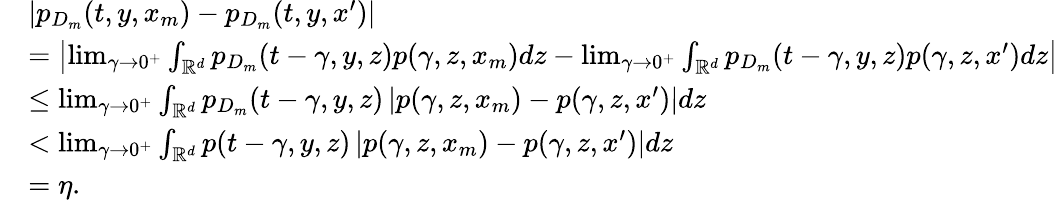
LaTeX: \begin{array}{rl}&{\left|p_{D_{m}}(t,y,x_{m})-p_{D_{m}}(t,y,x^{\prime})\right|}\\ &{=\left|\operatorname*{lim}_{\gamma\rightarrow 0^{+}}\int_{\mathbb{R}^{d}}p_{D_{m}}(t-\gamma,y,z)p(\gamma,z,x_{m})dz-\operatorname*{lim}_{\gamma\rightarrow 0^{+}}\int_{\mathbb{R}^{d}}p_{D_{m}}(t-\gamma,y,z)p(\gamma,z,x^{\prime})dz\right|}\\ &{\le\operatorname*{lim}_{\gamma\rightarrow 0^{+}}\int_{\mathbb{R}^{d}}p_{D_{m}}(t-\gamma,y,z)\left|p(\gamma,z,x_{m})-p(\gamma,z,x^{\prime})\right|dz}\\ &{<\operatorname*{lim}_{\gamma\rightarrow 0^{+}}\int_{\mathbb{R}^{d}}p(t-\gamma,y,z)\left|p(\gamma,z,x_{m})-p(\gamma,z,x^{\prime})\right|dz}\\ &{=\eta.}\end{array}